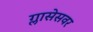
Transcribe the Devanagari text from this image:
ग्लासेसवर